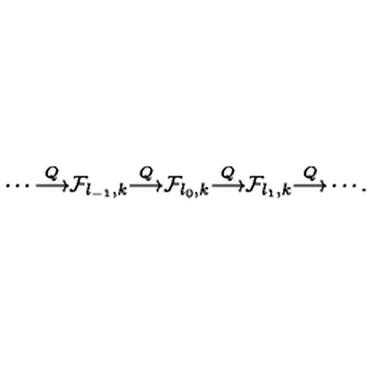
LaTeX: \cdots { \frac { \buildrel Q } { \longrightarrow } } { \cal F } _ { l _ { - 1 } , k } { \frac { \buildrel Q } { \longrightarrow } } { \cal F } _ { l _ { 0 } , k } { \frac { \buildrel Q } { \longrightarrow } } { \cal F } _ { l _ { 1 } , k } { \frac { \buildrel Q } { \longrightarrow } } \cdots .